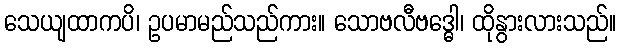
သေယျထာကပိ၊ ဥပမာမည်သည်ကား။ သောဗလီဗဒ္ဓေါ၊ ထိုနွားလားသည်။